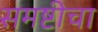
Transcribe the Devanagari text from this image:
समष्टीचा